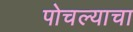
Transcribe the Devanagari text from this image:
पोचल्याचा